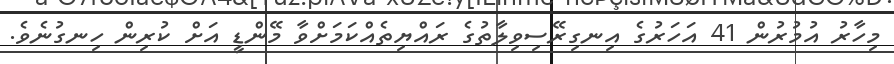
މިހާރު އުމުރުން 41 އަހަރުގެ އިނގިރޭސިވިލާތުގެ ރައްޔިތެއްކަމަށްވާ މޭންޑީ އަށް ކުރިން ހިނގުނެވެ.